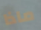
ماذا